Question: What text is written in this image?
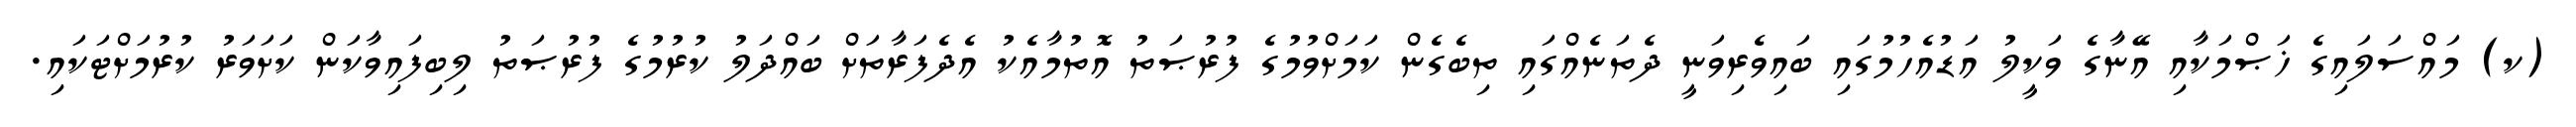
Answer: (ކ) މައްސަލައިގެ ޚަޞްމަކާއި އޭނާގެ ވަކީލު އަޑުއެހުމުގައި ބައިވެރިވަނީ ދެތަނެއްގައި ތިބެގެން ކަމަށްވުމުގެ ފުރުޞަތު އޮތުމާއެކު އެދެފަރާތަށް ބައްދަލު ކުރުމުގެ ފުރުޞަތު ލިބިފައިވާކަން ކަށަވަރު ކުރުމަށްޓަކައި.